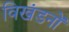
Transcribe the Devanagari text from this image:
विखंडनों